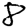
Digit: 8